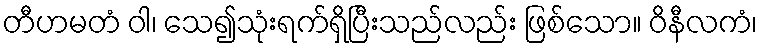
တီဟမတံ ဝါ၊ သေ၍သုံးရက်ရှိပြီးသည်လည်း ဖြစ်သော။ ဝိနီလကံ၊